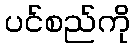
ပင်စည်ကို